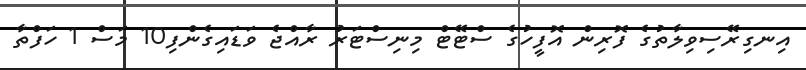
އިނގިރޭސިވިލާތުގެ ފޮރިން އޮފީހުގެ ސްޓޭޓް މިނިސްޓަރު ރާއްޖެ ވަޑައިގެންފި10 މަސް 1 ހަފްތާ